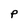
Character: P